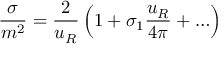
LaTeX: \frac { \sigma } { m ^ { 2 } } = \frac { 2 } { u _ { R } } \left( 1 + \sigma _ { 1 } \frac { u _ { R } } { 4 \pi } + \ldots \right)